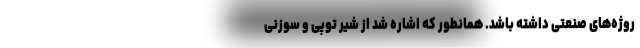
روژه‌های صنعتی داشته باشد. همانطور که اشاره شد از شیر توپی و سوزنی